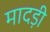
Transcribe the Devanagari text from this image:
मादड़ी